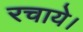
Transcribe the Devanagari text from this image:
रचाये।